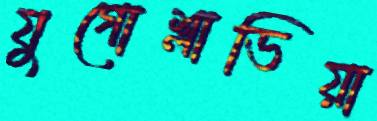
যুগোশ্লাভিয়া